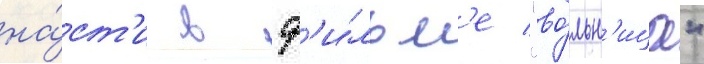
на́ст'и в ф'и́льм'е "во́льн'ица"